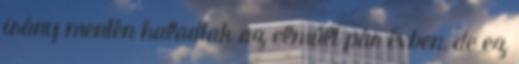
irány mentén haladtak az elmúlt pár évben, de ez